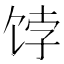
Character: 饽